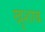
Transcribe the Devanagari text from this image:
खुशाब